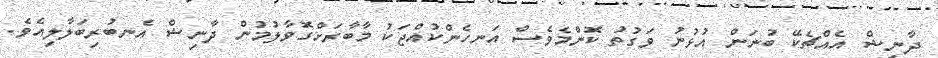
ދާނިޝް އެއްޗެކޭ ބުނަން އުޅުނު ވަގުތު ކޮންމެވެސް އަނހެންކުއްޖަކު މާބާރަށްގޮވާލުމުން ދާނިޝް އެނބުރިބަލާލިއެވެ.